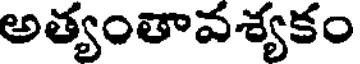
అత్యంతావశ్యకం